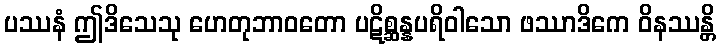
ပဿနံ ဤဒိသေသု ဟေတုဘာဝတော ပဋိစ္ဆန္နပရိဝါသော ဖဿာဒိကေ ဝိနဿန္တိ